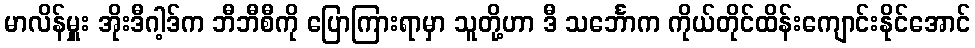
မာလိန်မှူး အိုးဒီဂါ့ဒ်က ဘီဘီစီကို ပြောကြားရာမှာ သူတို့ဟာ ဒီ သင်္ဘောက ကိုယ်တိုင်ထိန်းကျောင်းနိုင်အောင်